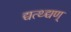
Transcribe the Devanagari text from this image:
द्यत्थ्द्यण्